Lunatic asylums in Bengal annual reports 1888-1898 - 1888-1898
Year: 1888
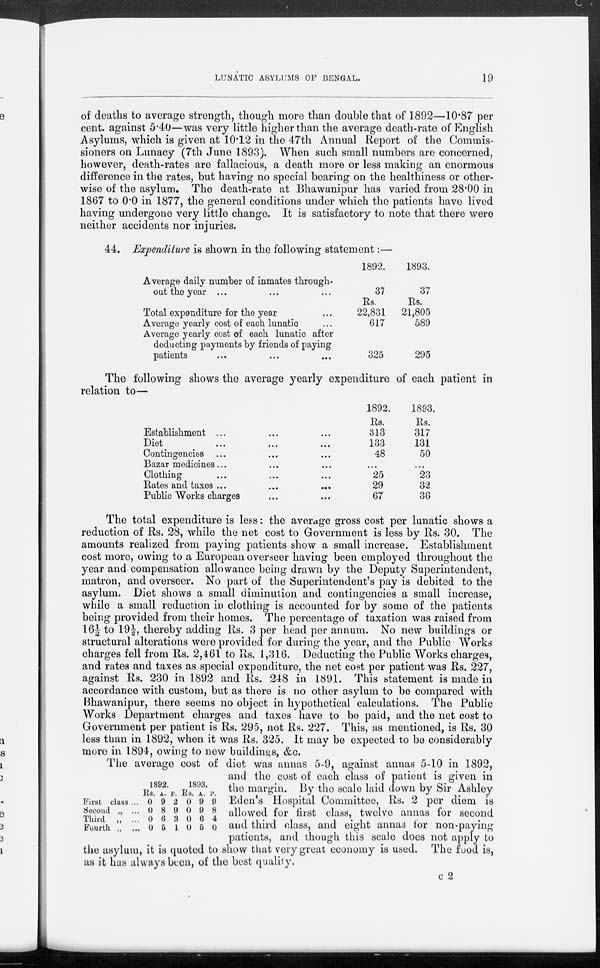
LUNATIC ASYLUMS OF BENGAL.
19
of deaths to average strength, though more than double that of 1892—10.87 per
cent. against 5.40—was very little higher than the average death-rate of English
Asylums, which is given at 10.12 in the 47th Annual Report of the Commis-
sioners on Lunacy (7th June 1893). When such small numbers are concerned,
however, death-rates are fallacious, a death more or less making an enormous
difference in the rates, but having no special bearing on the healthiness or other-
wise of the asylum. The death-rate at Bhawanipur has varied from 28.00 in
1867 to 0.0 in 1877, the general conditions under which the patients have lived
having undergone very little change. It is satisfactory to note that there were
neither accidents nor injuries.
44. Expenditure is shown in the following statement:—
Average daily number of inmates through-
out the year ... ... ...
Total expenditure for the year ...
Average yearly cost of each lunatic ...
Average yearly cost of each lunatic after
deducting payments by friends of paying
patients
...
...
...
1892.
37
Rs.
22,831
617
325
1893.
37
Rs.
21,805
589
295
The following shows the average yearly expenditure of each patient in
relation to—
Establishment ... ... ...
Diet
...
...
...
Contingencies ... ... ...
Bazar medicines... ... ...
Clothing ... ... ...
Rates and taxes ... ... ...
Public Works charges ... ...
1892.
Rs.
313
133
48
...
25
29
67
1893.
Rs.
317
131
50
...
23
32
36
The total expenditure is less: the average gross cost per lunatic shows a
reduction of Rs. 28, while the net cost to Government is less by Rs. 30. The
amounts realized from paying patients show a small increase. Establishment
cost more, owing to a European overseer having been employed throughout the
year and compensation allowance being drawn by the Deputy Superintendent,
matron, and overseer. No part of the Superintendent's pay is debited to the
asylum. Diet shows a small diminution and contingencies a small increase,
while a small reduction in clothing is accounted for by some of the patients
being provided from their homes. The percentage of taxation was raised from
16½ to 19½, thereby adding Rs. 3 per head per annum. No new buildings or
structural alterations were provided for during the year, and the Public Works
charges fell from Rs. 2,461 to Rs. 1,316. Deducting the Public Works charges,
and rates and taxes as special expenditure, the net cost per patient was Rs. 227,
against Rs. 230 in 1892 and Rs. 248 in 1891. This statement is made in
accordance with custom, but as there is no other asylum to be compared with
Bhawanipur, there seems no object in hypothetical calculations. The Public
Works Department charges and taxes have to be paid, and the net cost to
Government per patient is Rs. 295, not Rs. 227. This, as mentioned, is Rs. 30
less than in 1892, when it was Rs. 325. It may be expected to be considerably
more in 1894, owing to new buildings. &c.
First class ...
Second „ ...
Third „ ...
Fourth „ ...
1892.
Rs.
0
0
0
0
A.
9
8
6
5
P.
2
9
3
1
1893.
Rs.
0
0
0
0
A.
9
9
6
5
P.
9
8
4
0
The average cost of diet was annas 5-9, against annas 5-10 in 1892,
and the cost of each class of patient is given in
the margin. By the scale laid down by Sir Ashley
Eden's Hospital Committee, Rs. 2 per diem is
allowed for first class, twelve annas for second
and third class, and eight annas for non-paying
patients, and though this scale does not apply to
the asylum, it is quoted to show that very great economy is used. The food is,
as it has always been, of the best quality.
C 2